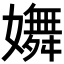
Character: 𡣆